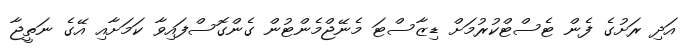
އަދި ރަށުގެ ފެން ޓެސްޓްކުރުމަށް ޑިޒާސްޓަ މެނޭޖްމެންޓުން ގެންގޮސްފައިވާ ކަމަށާއި އޭގެ ނަތީޖާ